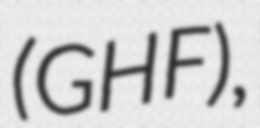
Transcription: (GHF),